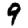
Digit: 9